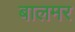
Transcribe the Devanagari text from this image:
बालमर